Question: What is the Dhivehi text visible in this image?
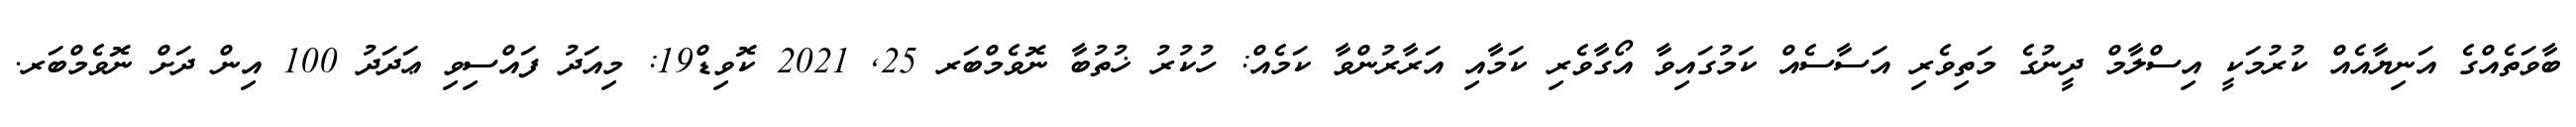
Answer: ބާވަތެއްގެ އަނިޔާއެއް ކުރުމަކީ އިސްލާމް ދީނުގެ މަތިވެރި އަސާސެއް ކަމުގައިވާ އޯގާވެރި ކަމާއި އަރާރުންވާ ކަމެއް: ހުކުރު ޚުތުބާ ނޮވެމްބަރ 25, 2021 ކޮވިޑް19: މިއަދު ފައްސިވި ޢަދަދު 100 އިން ދަށް ނޮވެމްބަރ.